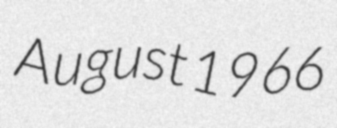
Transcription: August 1966